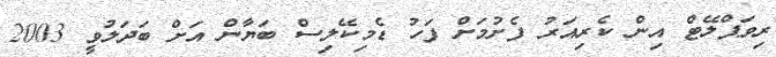
ރިވަޕްލޭޓް އިން ކެރިއަރު ފެށުމަށް ފަހު ޑެމިކޭލިސް ބަޔާން އަށް ބަދަލުވީ 2003